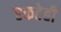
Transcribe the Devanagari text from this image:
एकटेही